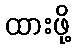
ထားဖို့